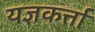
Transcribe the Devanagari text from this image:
यज्ञकर्त्ता